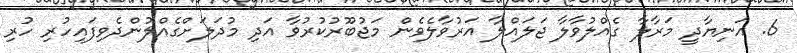
6. އަނިޔާދީ މަރާލާ ގެއްލުވާލާ ޖަލައްލާ އަރުވާލެވެން މަޖުބޫރުކުރުވާ އަދި މުދަލަށްގެއްލުންދެވިފައިހުރި ހުރި